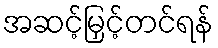
အဆင့်မြှင့်တင်ရန်